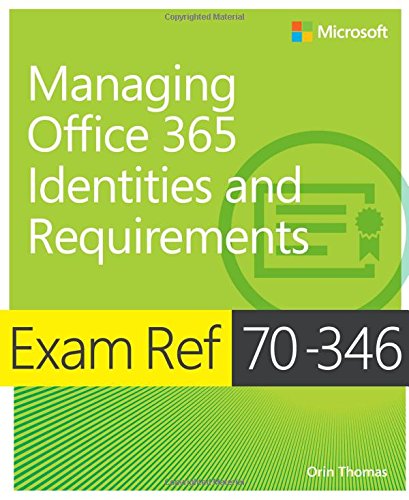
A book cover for Exam Ref 70-346 Managing Office 365 Identities and Requirements; Orin Thomas; Computers & Technology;